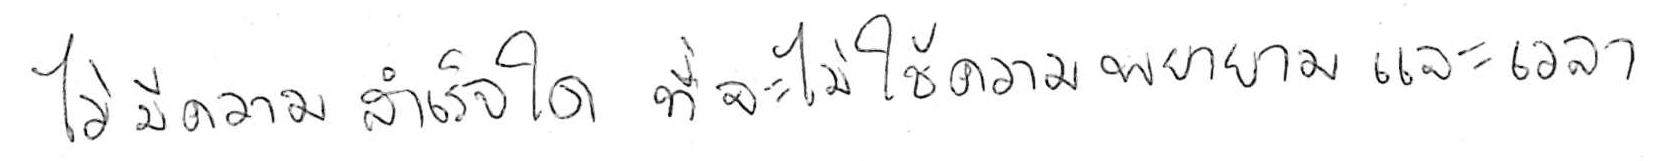
ไม่มีความสำเร็จใด ที่จะไม่ใช้ความพยายามและเวลา